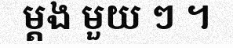
ម្តង មួយ ៗ ។